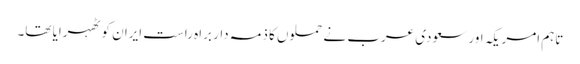
تاہم امریکہ اور سعودی عرب نے حملوں کا ذمہ دار براہ راست ایران کو ٹھہرایا تھا۔